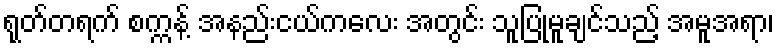
ရုတ်တရက် စက္ကန့် အနည်းငယ်ကလေး အတွင်း သူပြုမူချင်သည့် အမူအရာ၊